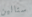
ستالين